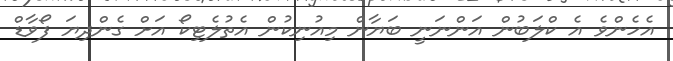
އެހެންވެ އެ ކްލަބުން އަންނަނީ ބަޔާން މިއުނިކުން އެތުލެޓިކޯ އަށް ގެންދިޔަ ފޯވާޑް